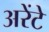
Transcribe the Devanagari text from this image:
अरेंटे